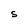
Character: S